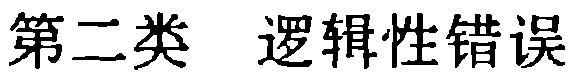
第二类 逻辑性错误